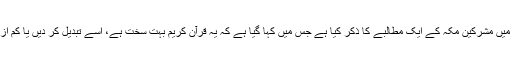
قرآن کریم نے مذہبی معاملات میں مشرکین مکہ کے ایک مطالبے کا ذکر کیا ہے جس میں کہا گیا ہے کہ یہ قرآن کریم بہت سخت ہے، اسے تبدیل کر دیں یا کم از کم اس میں کچھ ردوبدل کریں۔